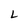
Character: L